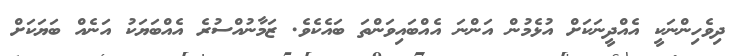
ދިވެހިންނަކީ އެއްދީނަކަށް އުޅެމުން އަންނަ އެއްބައިވަންތަ ބައެކެވެ. ޒަމާނުއްސުރެ އެއްބަޔަކު އަނެއް ބަޔަކަށް